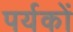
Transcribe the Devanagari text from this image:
पर्यकों